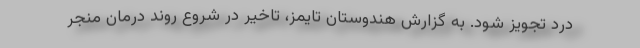
درد تجویز شود. به گزارش هندوستان تایمز، تاخیر در شروع روند درمان منجر